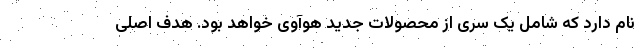
نام دارد که شامل یک سری از محصولات جدید هوآوی خواهد بود. هدف اصلی